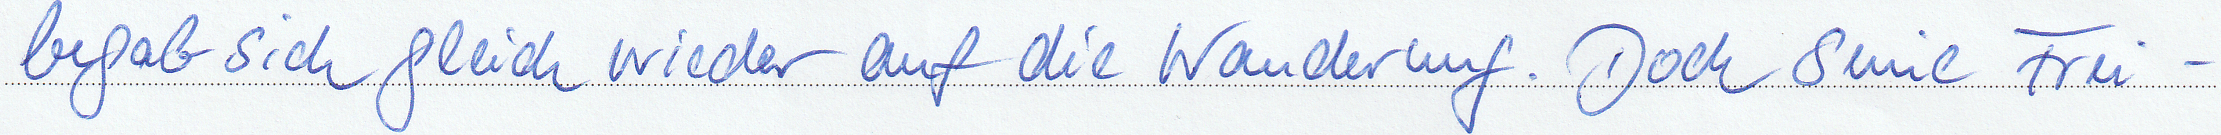
begab sich gleich wieder auf die Wanderung. Doch seine Frei-